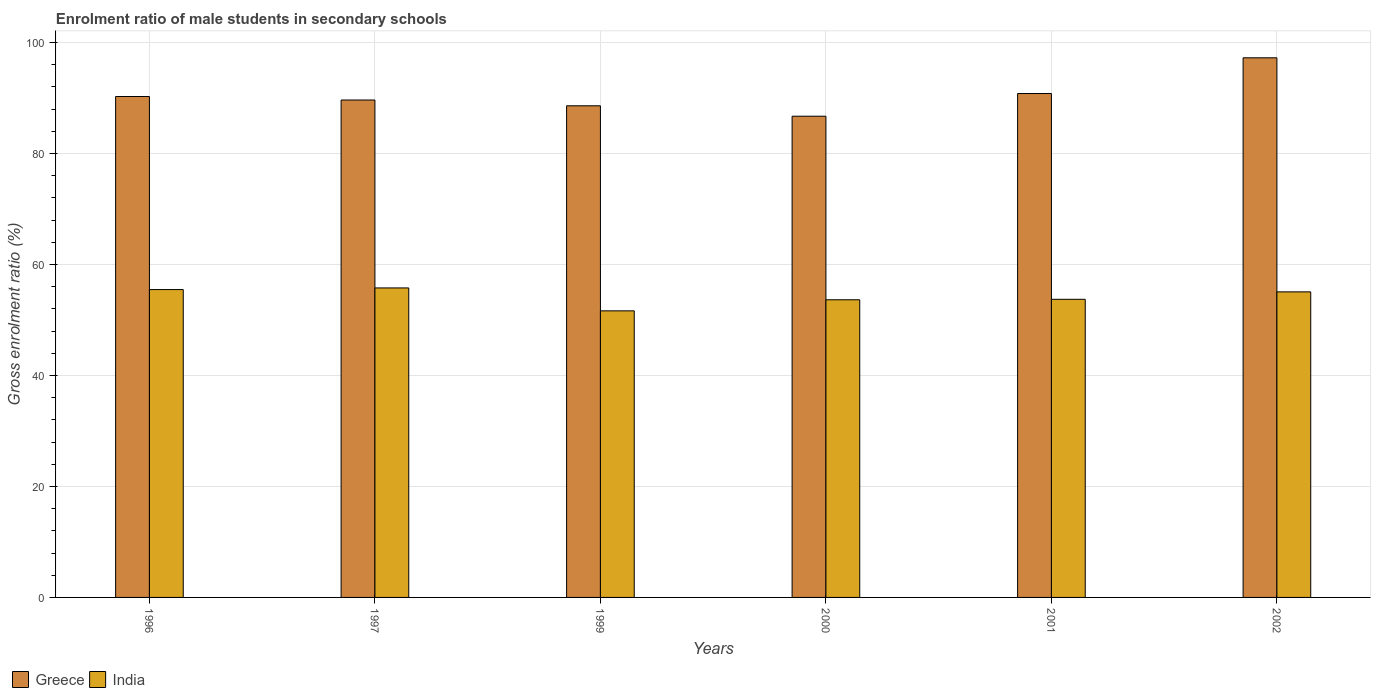
| Years | Greece | India |
 | --- | --- | --- |
 | 1996 | 90.3 | 55.5 |
 | 1997 | 89.6 | 55.8 |
 | 1999 | 88.6 | 51.6 |
 | 2000 | 86.7 | 53.6 |
 | 2001 | 90.8 | 53.7 |
 | 2002 | 97.2 | 55.1 |